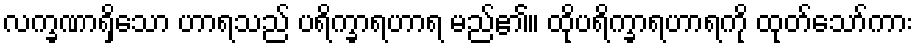
လက္ခဏာရှိသော ဟာရသည် ပရိက္ခာရဟာရ မည်၏။ ထိုပရိက္ခာရဟာရကို ထုတ်သော်ကား